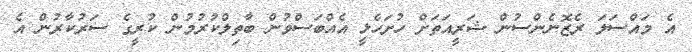
އެ މައްސަލަ ރެޒޮނެންސުން ޝަރީއަތަށް ހުށަހެޅީ އެއްބަސްވުން ބާތިލްކުރުމުން ކުރީގެ ސަރުކާރުން އެ